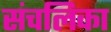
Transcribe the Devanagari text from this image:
संचलिका